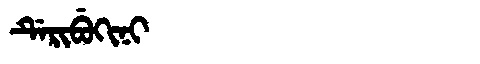
Manchu: ᡩᡝᡵᡳᠪᡠᡴᡳᠨᡳ
Romanization: DERIBUKINI